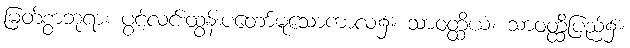
မြတ်စွာဘုရား ပွင့်လင်းထွန်းပတော်မူသောကာလ၌။ သာဝတ္ထိယံ၊ သာဝတ္ထိပြည်၌။